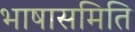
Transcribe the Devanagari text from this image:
भाषासमिति